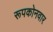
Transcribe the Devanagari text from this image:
रूपकोनवार